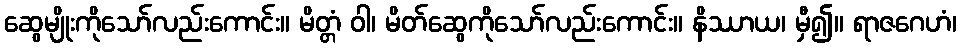
ဆွေမျိုးကိုသော်လည်းကောင်း။ မိတ္တံ ဝါ၊ မိတ်ဆွေကိုသော်လည်းကောင်း။ နိဿာယ၊ မှီ၍။ ရာဇဂေဟံ၊